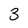
Character: 3